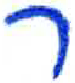
אות: ר